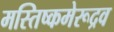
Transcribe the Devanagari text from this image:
मस्तिष्कमेरूद्रव